Civil Veterinary Dept. Bombay admin report 1893-99 - 1893-1899
Year: 1893
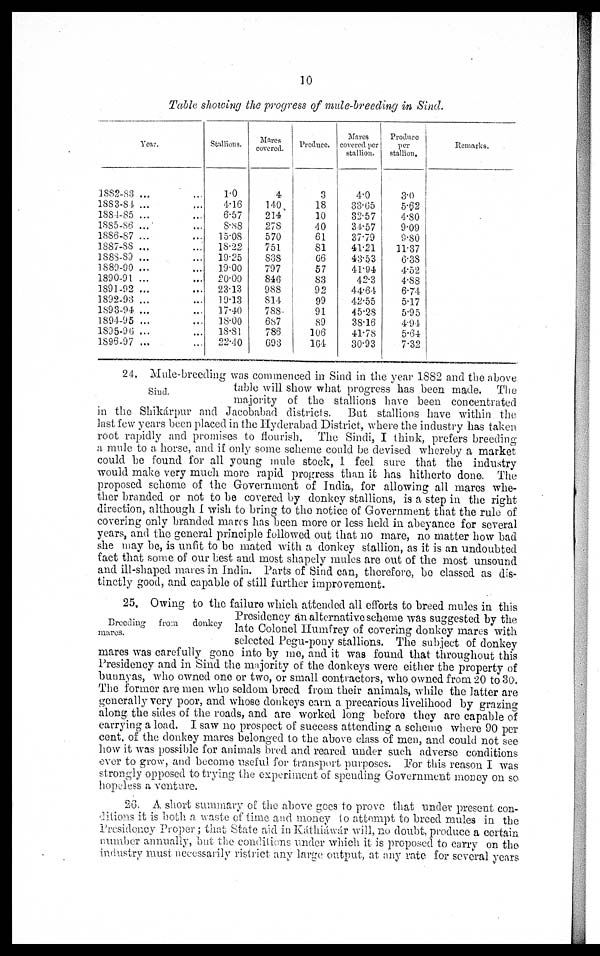
10
Table showing the progress of mule-breeding in Sind.
Year.
1882-83 ... ...
1883-84 ... ...
1884-85 ... ...
1885-86 ... ...
1886-87 ... ...
1887-88 ... ...
1888-89 ... ...
1889-90 ... ...
1890-91 ... ...
1891-92 ... ...
1892-93 ... ...
1893-94 ... ...
1894-95 ... ...
1895-96 ... ...
1896-97 ... ...
Stallions.
1.0
4.16
6.57
8.88
15.08
18.22
19.25
19.00
20.00
23.13
19.13
17.40
18.00
18.81
22.40
Mares
covered.
4
140
214
278
570
751
838
797
846
988
814
788
687
786
693
Produce.
3
18
10
40
61
81
66
57
83
92
99
91
89
106
164
Mares
covered per
stallion.
4.0
33.65
32.57
34.57
37.79
41.21
43.53
41.94
42.3
44.64
42.55
45.28
38.16
41.78
30.93
Produce
per
stallion.
3.0
5.62
4.80
9.09
9.80
11.37
6.38
4.52
4.88
6.74
5.17
5.95
4.94
5.64
7.32
Remarks.
sind.
24. Mule-breeding was commenced in Sind in the year 1882 and the above
table will show what progress has been made. The
majority of the stallions have been concentrated
in the Shikárpur and Jacobabad districts. But stallions have within the
last few years been placed in the Hyderabad District, where the industry has taken
root rapidly and promises to flourish. The Sindi, I think, prefers breeding
a mule to a horse, and if only some scheme could be devised whereby a market
could be found for all young mule stock, I feel sure that the industry
would make very much more rapid progress than it has hitherto done. The
proposed scheme of the Government of India, for allowing all mares whe-
ther branded or not to be covered by donkey stallions, is a step in the right
direction, although I wish to bring to the notice of Government that the rule of
covering only branded mares has been more or less held in abeyance for several
years, and the general principle followed out that no mare, no matter how bad
she may be, is unfit to be mated with a donkey stallion, as it is an undoubted
fact that some of our best and most shapely mules are out of the most unsound
and ill-shaped mares in India. Parts of Sind can, therefore, be classed as dis-
tinctly good, and capable of still further improvement.
Breeding from
donkey
mares.
25. Owing to the failure which attended all efforts to breed mules in this
Presidency an alternative scheme was suggested by the
late Colonel Humfrey of covering donkey mares with
selected Pegu-pony stallions. The subject of donkey
mares was carefully gone into by me, and it was found that throughout this
Presidency and in Sind the majority of the donkeys were either the property of
bunnyas, who owned one or two, or small contractors, who owned from 20 to 30.
The former are men who seldom breed from their animals, while the latter are
generally very poor, and whose donkeys earn a precarious livelihood by grazing
along the sides of the roads, and are worked long before they are capable of
carrying a load. I saw no prospect of success attending a scheme where 90 per
cent. of the donkey mares belonged to the above class of men, and could not see
how it was possible for animals bred and reared under such adverse conditions
ever to grow, and become useful for transport purposes. For this reason I was
strongly opposed to trying the experiment of spending Government money on so
hopeless a venture.
26. A short summary of the above goes to prove that under present con-
ditions it is both a waste of time and money to attempt to breed mules in the
Presidency Proper; that State aid in Káthiáwár will, no doubt, produce a certain
number annually, but the conditions under which it is proposed to carry on the
industry must necessarily ristrict any large output, at any rate for several years